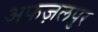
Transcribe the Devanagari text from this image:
अफज़लपुर